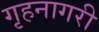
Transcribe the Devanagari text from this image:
गृहनागरी